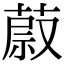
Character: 𦵥